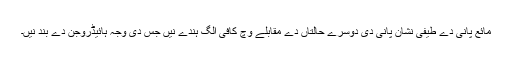
مائع پانی دے طیفی نشان پانی دی دوسرے حالتاں دے مقابلے وچ کافی الگ ہُندے نيں جس دی وجہ ہائیڈروجن دے بند نيں۔